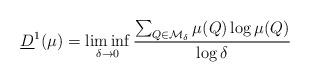
LaTeX: \begin{align*}\underline{D}^1(\mu) = \liminf_{\delta \to 0} \frac{ \sum_{Q \in \mathcal{M}_\delta} \mu(Q) \log\mu(Q) }{ \log \delta}\end{align*}